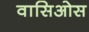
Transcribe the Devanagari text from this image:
वासिओस